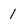
Character: 1